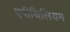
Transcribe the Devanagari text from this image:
एपीथिलियम